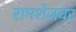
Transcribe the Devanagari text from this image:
रामशेजवर